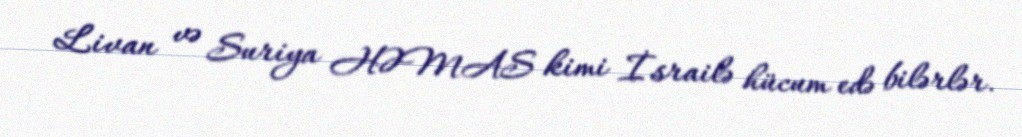
Livan və Suriya HƏMAS kimi İsrailə hücum edə bilərlər.